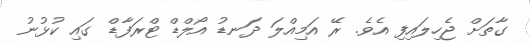
ގާތަށް ޖެހިލައިފި އެވެ. ރޭ އަމިއްލަ ދަނޑު އޯލްޑް ޓްރަފާޑް ގައި ކުޅުނު